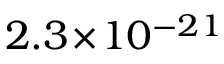
2 . 3 \! \times \! 1 0 ^ { - 2 1 }